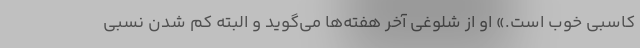
کاسبی خوب است.» او از شلوغی آخر هفته‌ها می‌گوید و البته کم شدن نسبی